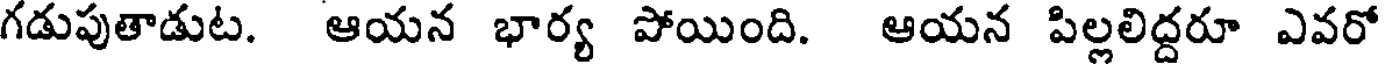
గడుపుతాడుట. ఆయన భార్య పోయింది. ఆయన పిల్లలిద్దరూ ఎవరో